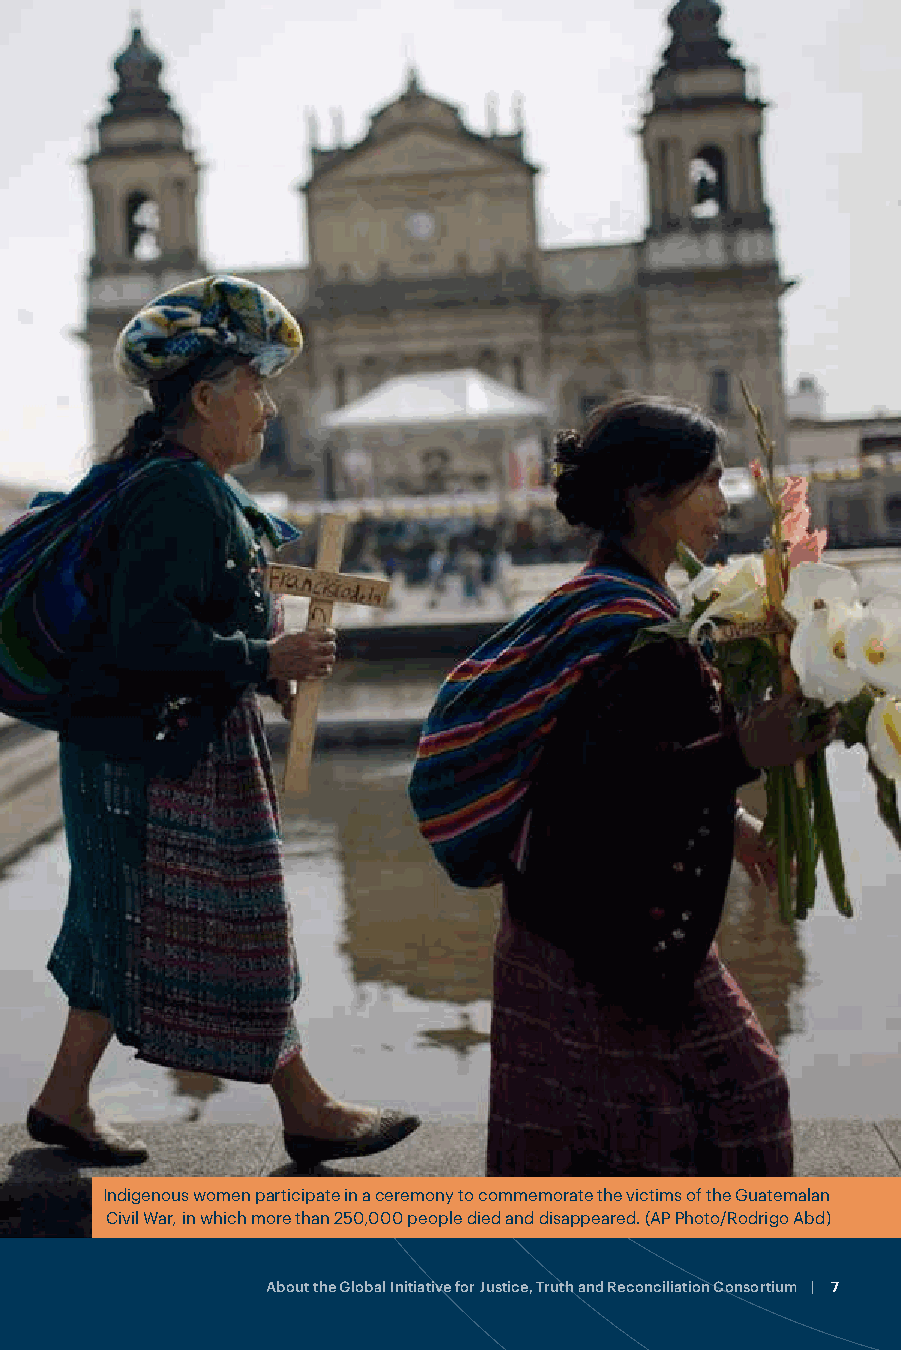
GIJTR partners, along with members of the Coalition, develop and implement
 a range of rapid-response and high-impact program activities, using both
 restorative and retributive approaches to justice and accountability for gross
 human rights violations. The expertise of the organizations under the GIJTR
 includes:
 • Truth telling, reconciliation, memorialization and other forms of historical
 memory;
 • Documenting human rights abuses for transitional justice purposes;
 • Forensic analysis and other efforts related to missing and disappeared
 persons;
 • Victims’ advocacy such as improving access to justice, psychosocial
 support and trauma mitigation activities;
 • Providing technical assistance to and building the capacity of civil society
 activists and organizations to promote and engage in transitional justice
 processes;
 • Reparative justice initiatives; and
 • Ensuring gender justice in all these processes.
 To date, the GIJTR has led civil society actors in multiple countries in the
 development and implementation of documentation and truth-telling projects;
 undertaken assessments of the memorialization, documentation and psychosocial
 support capacities of local organizations; and provided survivors in Asia,
 Africa and the Middle East and North Africa region with training, support and
 opportunities to participate in the design and implementation of community-
 driven transitional justice approaches. Given the diversity of experience and skills
 among GIJTR partners and among Coalition network members, the program
 offers post-conflict countries and countries emerging from repressive regimes a
 unique opportunity to address transitional justice needs in a timely manner, while Indigenous women participate in a ceremony to commemorate the victims of the Guatemalan
 Civil War, in which more than 250,000 people died and disappeared. (AP Photo/Rodrigo Abd)
 promoting local participation and building the capacity of community partners.
 6 | Transitional Justice and Indigenous Peoples in Latin America About the Global Initiative for Justice, Truth and Reconciliation Consortium | 7